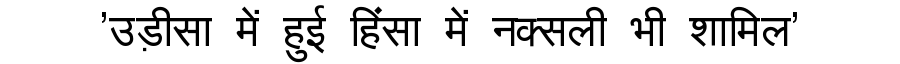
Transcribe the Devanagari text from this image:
'उड़ीसा में हुई हिंसा में नक्सली भी शामिल'